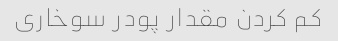
کم کردن مقدار پودر سوخاری